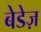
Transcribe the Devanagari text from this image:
बेडेज़